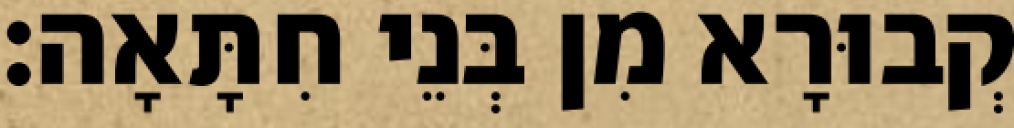
קְבוּרָא מִן בְּנֵי חִתָּאָה׃